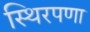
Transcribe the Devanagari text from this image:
स्थिरपणा